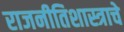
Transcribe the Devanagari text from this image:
राजनीतिशास्त्राचे